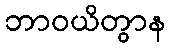
ဘာဝယိတွာန